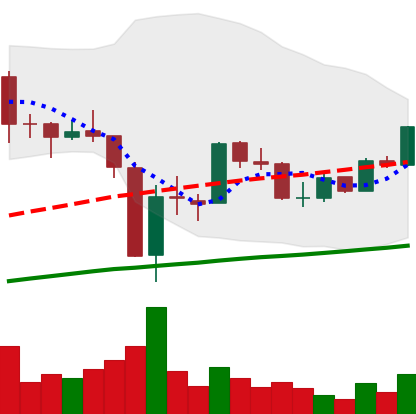
Ticker: BTC-USD
Chart end date: 2017-09-27
Forward return: 4.967%
Label: up_3_5